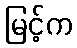
မြင့်က